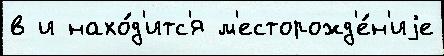
в и нахо́д'итс'я м'есторожд'е́н'иjе